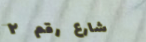
شارع رقم ٢